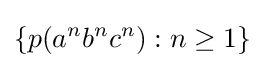
\{p(a^{n}b^{n}c^{n}):n\geq 1\}